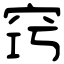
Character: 窍